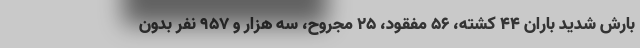
بارش شدید باران ۴۴ کشته، ۵۶ مفقود، ۲۵ مجروح، سه هزار و ۹۵۷ نفر بدون